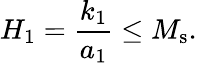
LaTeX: H_{1}=\frac{k_{1}}{a_{1}}\leq M_{\mathrm{s}}.